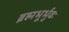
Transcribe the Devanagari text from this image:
ब्रह्मभूर्भुवः